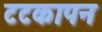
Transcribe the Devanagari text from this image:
टटकापन